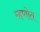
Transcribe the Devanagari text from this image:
म्हणोत